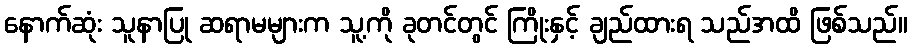
နောက်ဆုံး သူနာပြု ဆရာမများက သူ့ကို ခုတင်တွင် ကြိုးနှင့် ချည်ထားရ သည်အထိ ဖြစ်သည်။